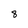
Character: 8